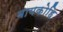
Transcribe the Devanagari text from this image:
बायकोहि